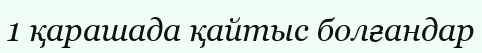
1 қарашада қайтыс болғандар